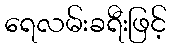
ရေလမ်းခရီးဖြင့်